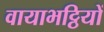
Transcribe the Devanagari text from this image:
वायाभट्ठियों